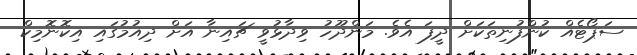
ސަޕޯޓެއް ކުންފުނިތަކަށް ދީފަ އެވެ. މަންދޫހު ވިދާޅުވީ ޗައިނާ އަށް ދިއުމުގައި އިކޮނޮމިކް